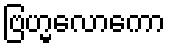
ဗြဟ္မလောကော